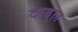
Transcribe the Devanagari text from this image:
दाबुल